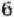
6